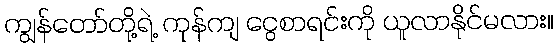
ကျွန်တော်တို့ရဲ့ ကုန်ကျ ငွေစာရင်းကို ယူလာနိုင်မလား။